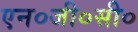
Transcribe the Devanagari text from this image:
एन०जी०सी०